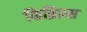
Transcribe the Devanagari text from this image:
फिब्रिल्स